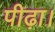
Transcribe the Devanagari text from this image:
पीढ़ा।